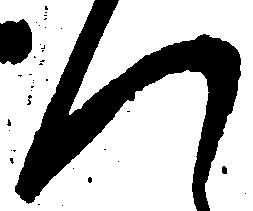
つ